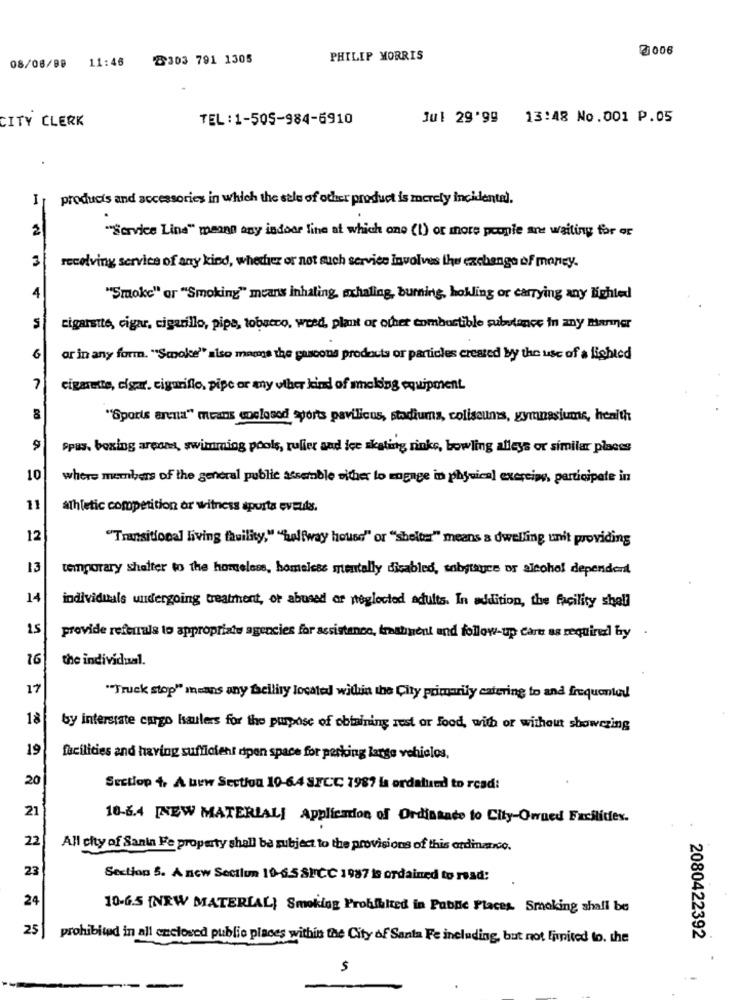
0006
08/08/B9 11:46
8303 791 1305
PHILIP MORRIS
CITY CLERK
TEL:1-505-984-6910
Jul 29'99 13:48 No.001 P.05
I
products and accessories in which the sale of other product is merely incidente).
2
"Service Line" means any indoor line at which one (1) or more people are waiting for or
3
recelving service of any kind, whether or not such service Involves the exchange of money.
4
"Smoke" or "Smoking" means inhaling, exhaling, burning, holling or carrying any lighted
cigarsite, cigar, cigarillo, pipa, tobacco, weed, plant or other combustible substance in any manner
6
or in any form. "Smoke" also manos the gascons prodouts or particles created by the use of a lighted
7
cigarette, cigar. cigarillo, pipe or any other kind of smoking equipment
8
"Sports arena" means enclosed sports pavilicus, stadiums, coliseums, gymnasiums, henith
9
Ppas, boxing areons, swimming pools, ruller and ice skating rinke, bowling alleys or similar places
10
where members of the general public assemble either to engage in physical exercise, participate in
11
athletic competition or witness spurta events.
12
"Transitional living facility," ""halfway house" or "shelter" means a dwelling unit providing
13
temporary shelter to the homeless, homeless mentally disabled, sobstayce or alcohol dependent
14
individuals undergoing treatment, or abused or neglected adults. In addition, the facility shall
15
provide referrals to appropriate agencies for assistance, treatinent and follow-up Care as required by .
16
the individual.
17
"Truck stop" incans any facility located within the City primarily catering to and frequented
18
by interstate cargo haulers for the purpose of obtaining rest or food, with or without showering
19
facilities and having sufficient dipen space for parking large vehielos.
20
Sectlop +, A bew Section 19-64 STCC 1987 is ordalund to read:
21
10-6.4 [NEW MATERIAL] Application of Ordinance to City-Owned Facilides.
22
All city of Sanin Fe property shall be subject to the provisions of this ordinance.
23
Section 5. A new Sectlun 19-6.5 SICC 1987 is ordained to read:
24
10-6.5 [NEW MATERIAL} Smoking Prohibited in Public Places. Smoking shall be
25
prohibited in all enclosed public places within the City of Santa Fe including, but not Invited to. the
2080422392
$